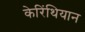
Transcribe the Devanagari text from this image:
केरिंथियान